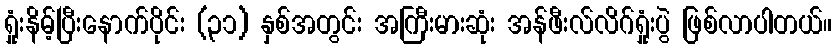
ရှုံးနိမ့်ပြီးနောက်ပိုင်း (၃၁) နှစ်အတွင်း အကြီးမားဆုံး အန်ဖီးလ်လိဂ်ရှုံးပွဲ ဖြစ်လာပါတယ်။